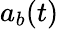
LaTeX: a_{b}(t)